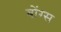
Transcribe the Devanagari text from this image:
बोंग्स